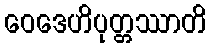
ဝေဒေဟိပုတ္တဿာတိ